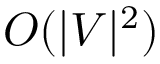
O ( | V | ^ { 2 } )